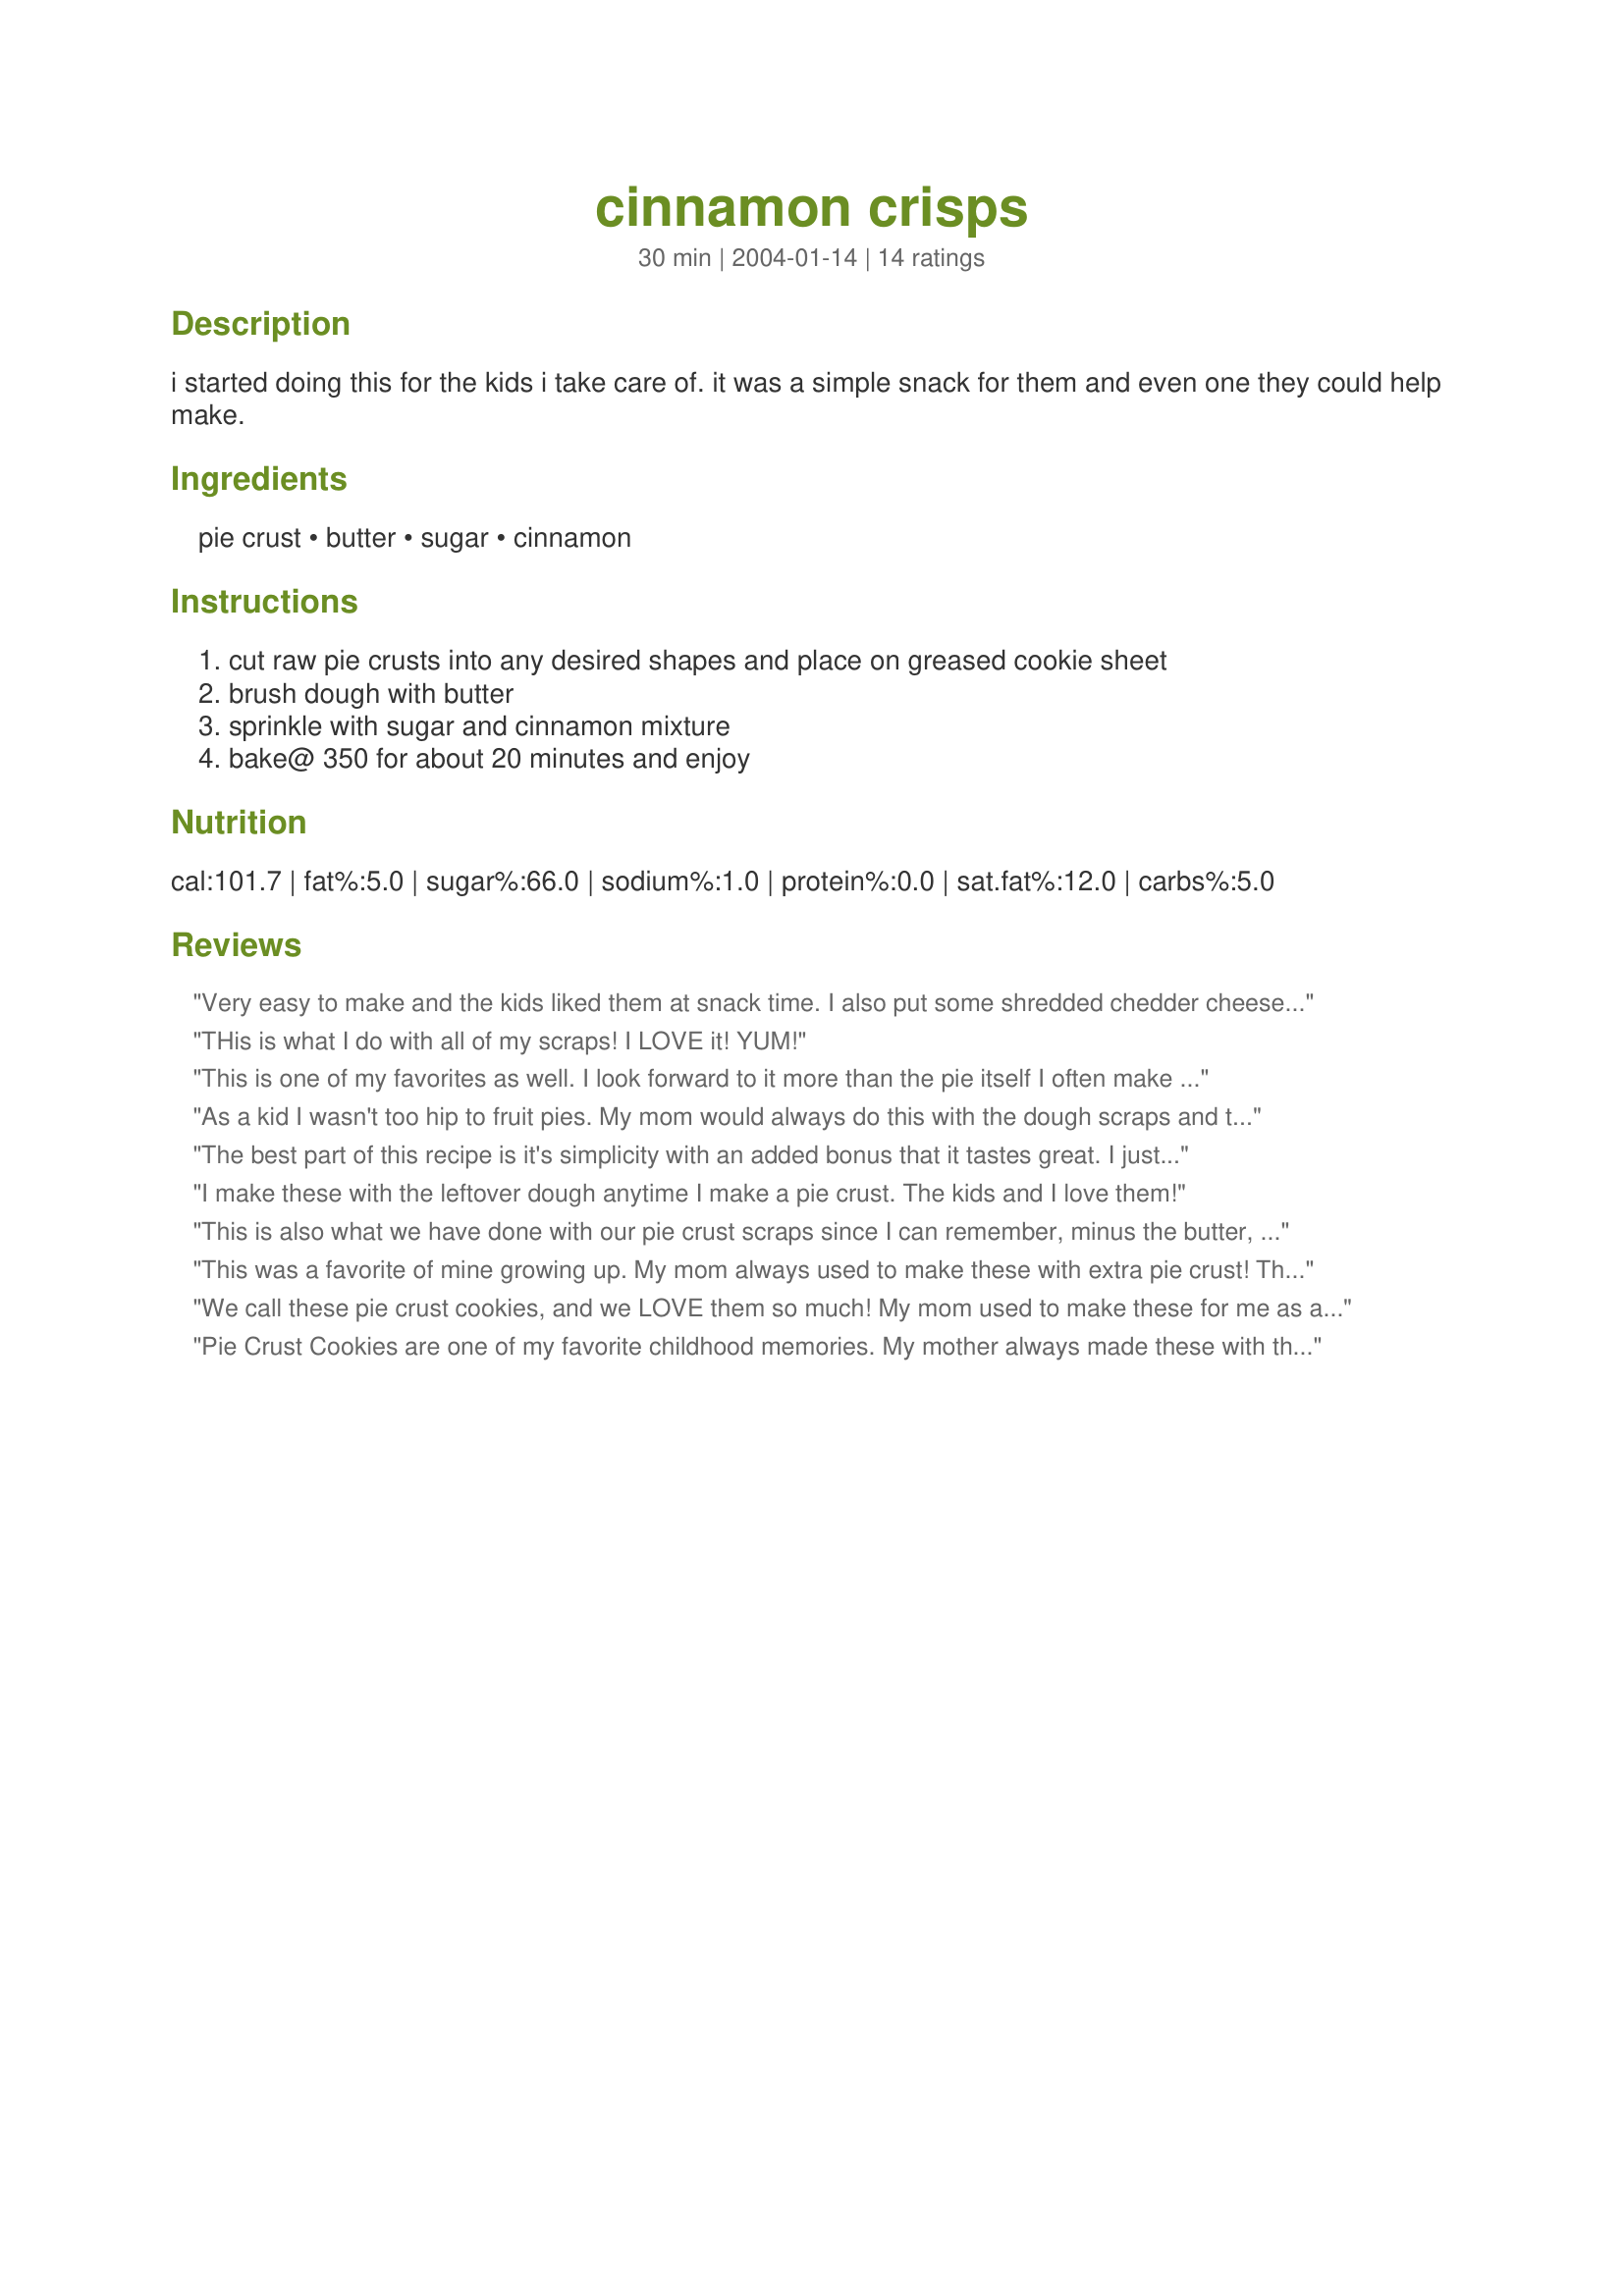
cinnamon crisps
Preparation time: 30 minutes

i started doing this for the kids i take care of. it was a simple snack for them and even one they could help make.

Ingredients:
pie crust, butter, sugar, cinnamon

Steps:
cut raw pie crusts into any desired shapes and place on greased cookie sheet, brush dough with butter, sprinkle with sugar and cinnamon mixture, bake@ 350 for about 20 minutes and enjoy

Reviews:
Very easy to make and the kids liked them at snack time. I also put some shredded chedder cheese on top the last 5 minutes of baking time.
THis is what I do with all of my scraps! I LOVE it! YUM!
This is one of my favorites as well. I look forward to it more than the pie itself I often make this just for the crisps and no pie THEY ARE AWSOME!
As a kid I wasn't too hip to fruit pies. My mom would always do this with the dough scraps and they were all mine. Yum!
The best part of this recipe is it's simplicity with an added bonus that it tastes great. I just purchased the cinnamon sugar already mixed. I found that after the first batch I did not put enough cinnamon sugar. The second try I really loaded up the pie crust up with cinnamon sugar and got the flavor I was looking for.
I make these with the leftover dough anytime I make a pie crust. The kids and I love them!
This is also what we have done with our pie crust scraps since I can remember, minus the butter, though. Just sprinkle on the cinnamon and sugar and bake, delicious. We would fight over it as kids.
This was a favorite of mine growing up. My mom always used to make these with extra pie crust! The only change was that she wouldn't add butter... she would dip the pie crust slices in milk, put them on a greased cookie sheet and then generously sprinkle the cinnamon sugar mixture over them. The picture I took is using recipe #19252 for the crust. Delicious!
We call these pie crust cookies, and we LOVE them so much! My mom used to make these for me as a child, and now I make them for my kids. Thanks for putting this on here!
Pie Crust Cookies are one of my favorite childhood memories. My mother always made these with the scraps of leftover pie crust dough. Now, I do the same. Thanks for posting.
I had a craving for these this afternoon. I remember them when I'd come home from school, my mom would have them baking in the oven (such fond memories.) She died when I was 16 and the recipe (I thought was lost) so on a hunch I put it in the search engine and found this recipe. I just finished making them and they are exactly how I remember them. Thank you for the stroll down memory lane, now my kids will enjoy when they get home from school.
I remember as a child growing up my grandma making these for me. Recently I was at my sister's house and I made these again for us out of the left over pie crusts. It certainly brought back fond memories of my grandmother. Thanks so much for posting.
I hate to drag down your rating and to be the one person who disagrees with everyone else, but we didn't really like this recipe. I pulled out this recipe to use up a broken frozen pie crust, and it just didn't seem to work. The pieces were pretty flavorless once cooked, and I think 20 minutes might be a little too long.
I have made these a few times and they are excellent! DH is not a big fan of pie crust so I usually eat the whole batch. They are quick and easy and a good alternate if we want a dessert that is not chocolately.
